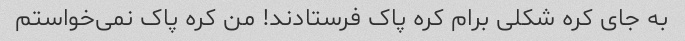
به جای کره شکلی برام کره پاک فرستادند! من کره پاک نمی‌خواستم